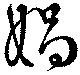
媧